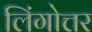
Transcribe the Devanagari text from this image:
लिंगोत्तर